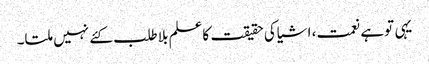
یہی توہے نعمت، اشیاکی حقیقت کاعلم بلاطلب کئے نہیں ملتا۔